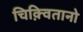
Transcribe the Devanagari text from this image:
चिक़्वितानो